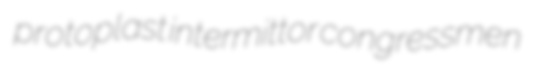
protoplast intermittor congressmen